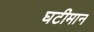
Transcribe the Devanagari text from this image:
घटीमान